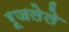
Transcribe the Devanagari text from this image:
रूजलेले